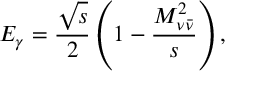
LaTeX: E _ { \gamma } = \frac { \sqrt { s } } { 2 } \left( 1 - \frac { M _ { \nu \bar { \nu } } ^ { 2 } } { s } \right) ,